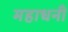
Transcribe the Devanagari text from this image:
महाधनी